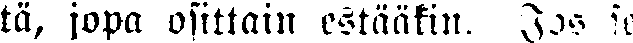
tä, jopa osittain estääkin. Jos se